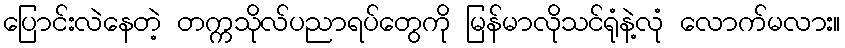
ပြောင်းလဲနေတဲ့ တက္ကသိုလ်ပညာရပ်တွေကို မြန်မာလိုသင်ရုံနဲ့လုံ လောက်မလား။